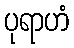
ပုရာဟံ